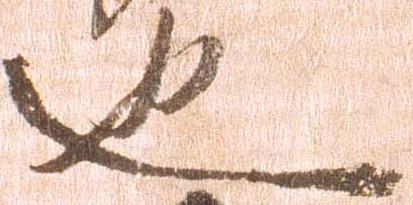
也